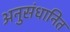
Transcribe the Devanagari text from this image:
अनुसंधानित